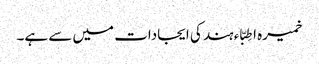
خمیرہ اطِبّاء ہند کی ایجادات میں سے ہے۔